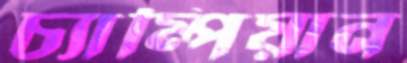
চ্যাম্পিয়ান